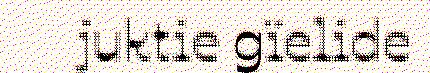
juktie gïelide